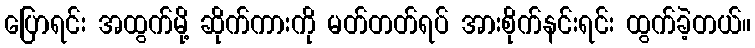
ပြောရင်း အထွက်မို့ ဆိုက်ကားကို မတ်တတ်ရပ် အားစိုက်နင်းရင်း ထွက်ခဲ့တယ်။